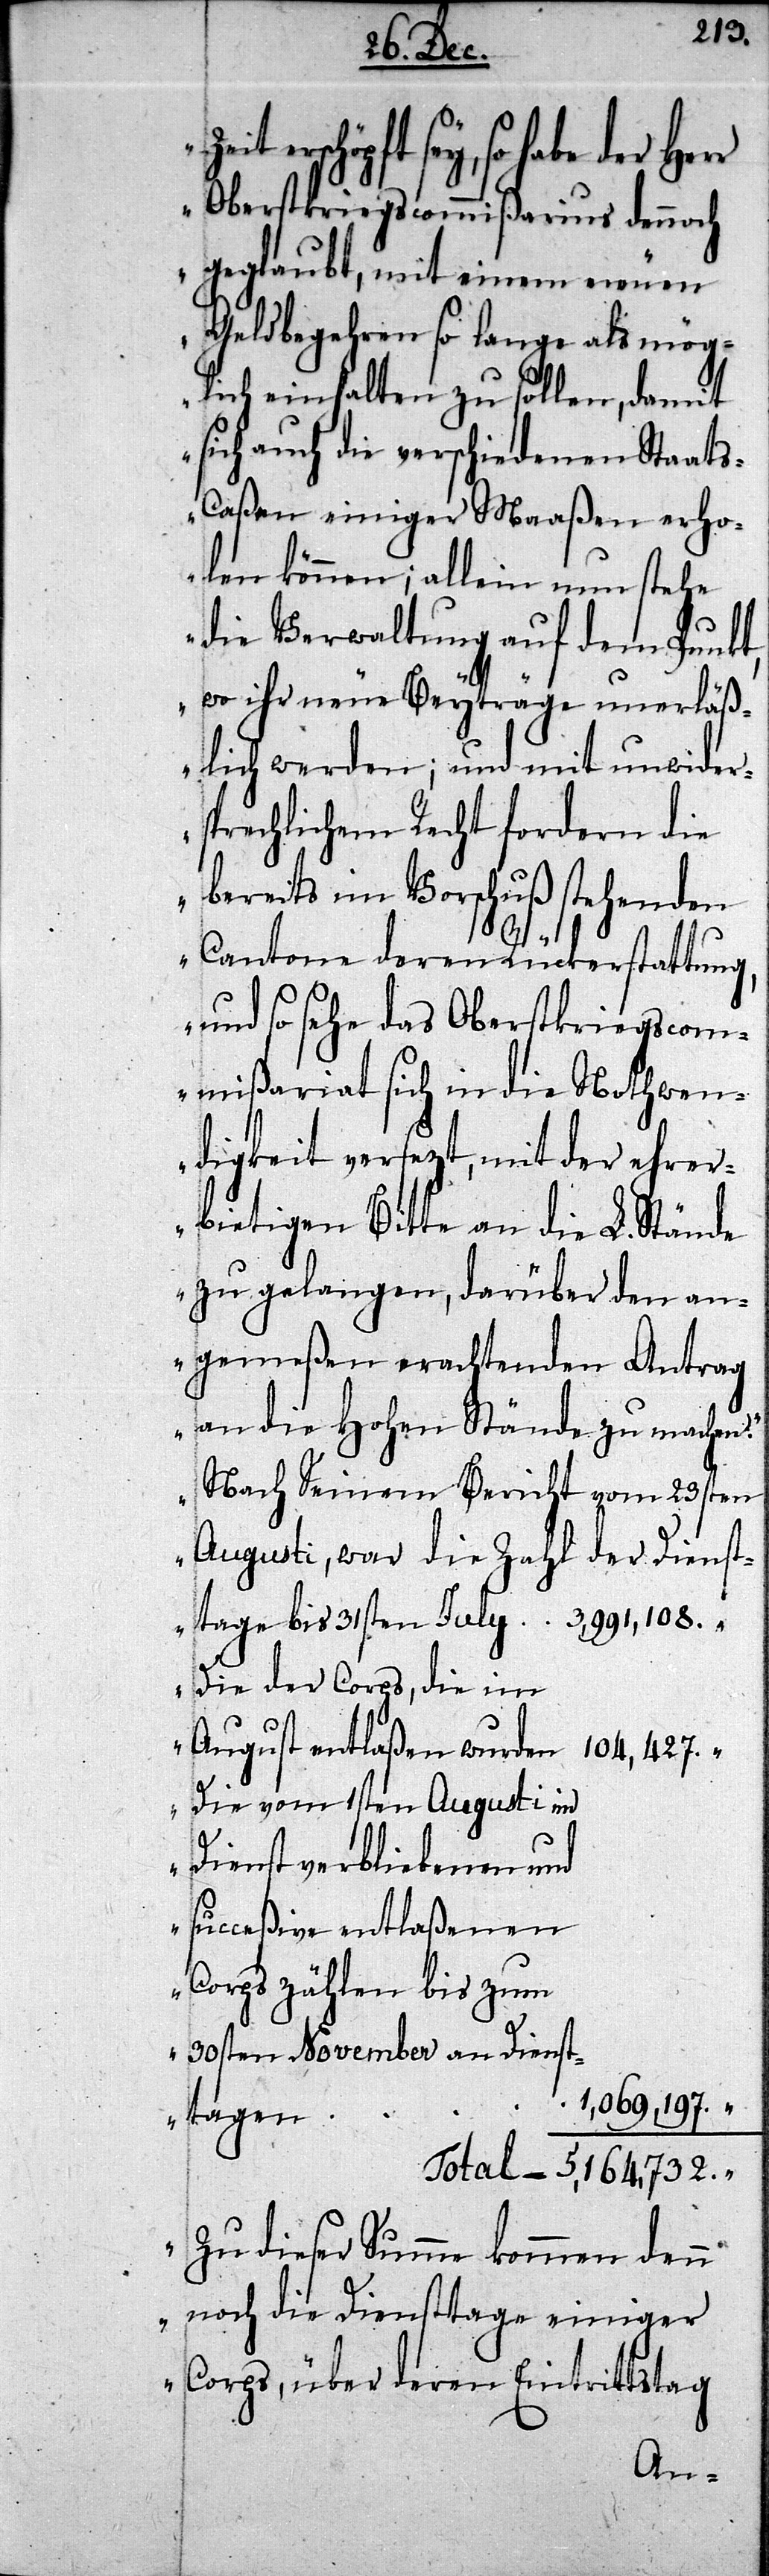
erschöpft sey, so habe der Her¬
r Oberstkriegscommißarius dennoch
geglaubt, mit einem neuen
Geldbegehren so lange als mög¬
lich einhalten zu sollen, damit
sich auch die verschiedenen Staat¬
s-Caßen einiger Maaßen erho¬
len können; allein nun stehe
die Verwaltung auf dem Punkt,
wo ihr neue Beyträge unerläß¬
lich werden; und mit unwider¬
sprechlichem Recht fordern die
bereits im Vorschuß stehenden
Cantone deren Rückerstattung,
und so sehe das Oberstkriegscom¬
mißariat sich in die Nothwen¬
digkeit versezt, mit der ehrer¬
bietigen Bitte an die L. Stände
zu gelangen, darüber den an¬
gemeßen erachtenden Antrag
an die Hohen Stände zu machen.
Nach Seinem Bericht vom 23sten
Augusti, war die Zahl der		Dienst¬
tage bis 31sten July	3,991,108.	„
Die der Corps, die im
August entlaßen wurden	104,427.	„
Die vom 1sten Augusti im
Dienst verbliebenen und
succeßive entlaßenen
Corps zählen bis zum
30sten November an Dienst¬
n	1,069,197.	„
tage¬
Total –	5,164,732.	„
Zu dieser Summe kommen denn
noch die Diensttage einiger
Corps, über deren Eintrittstag